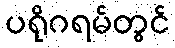
ပရိုဂရမ်တွင်